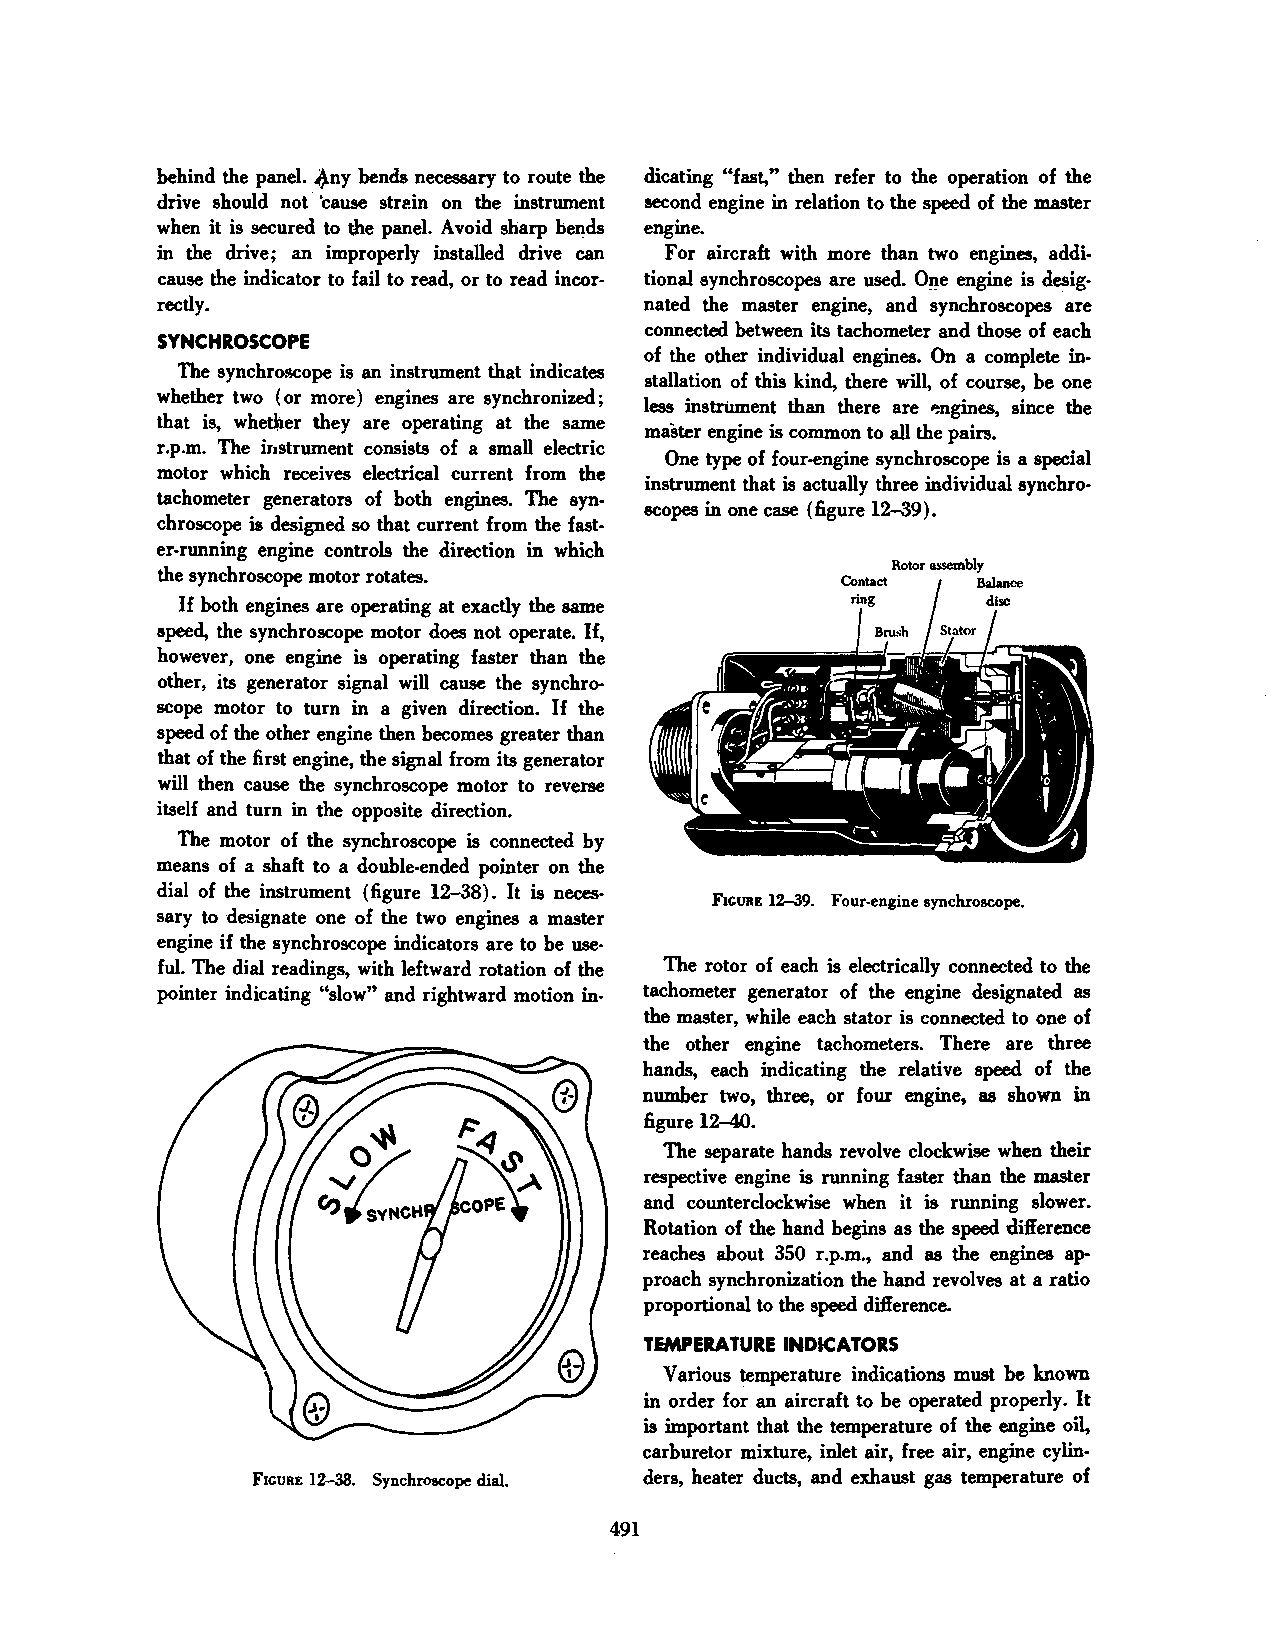
behind the panel. 4ny bends necessary to route the dicating "fast," then refer to the operation of the
 drive should not · 'cause strein on the instrument second engine in relation to the speed of the master
 when it is secured to the panel. A void sharp bends engine.
 in the drive; an improperly installed drive can For aircraft with more than two engines, addi
 cause the indicator to fail to read, or to read incor tional synchroscopes are used. O~e engine is desig
 rectly.                         nated the master engine, and synchroscopes are
 connected between its tachometer and those of each
 SYNCHROSCOPE
 of the other individual engines. On a complete in
 The synchro.<8Cope is an instrument that indicates
 stallation of this kind, there will, of course, be one
 whether two (or more) engines are synchronized;
 less instrtunent than there are P,ngines, since the
 that is, whether they are operating at the same
 master engine is common to all the pairs.
 r.p.m. The instrument consists of a small electric
 One type of four-engine synchroscope is a special
 motor which receives electrical current from the
 instrument that is actually three individual synchro
 tachometer generators of both engines. The syn
 scopes in one case (figure 12-39).
 chroscope is designed so that current from the fast
 er-running engine controls the direction in which
 Rotor assembly
 the synchroscope motor rotates.
 Contact  Balance
 If both engines are operating at exactly the same ring disc
 speed, the synchroscope motor does not operate. If,
 however, one engine is operating faster than the
 other, its generator signal will cause the synchro
 scope motor to turn in a given direction. If the
 speed of the other engine then becomes greater than
 that of the first engine, the signal from its generator
 will then cause the synchroscope motor to reverse
 itself and turn in the opposite direction.
 The motor of the synchroscope is connected by
 means of a shaft to a double-ended pointer on the
 dial of the instrument (figure 12-38). It is neces
 FIGURE 12-39. Four-engine synchroscope.
 sary to ·designate one of the two engines a master
 engine if the synchroscope indicators are to be use
 ful. The dial readings, with leftward rotation of the The rotor of each is electrically connected to the
 pointer indicating "slow" and rightward motion in- tachometer generator of the engine designated as
 the master, while each stator is connected to one of
 the other engine tachometers. There are three
 hands, each indicating the relative speed of the
 number two, three, or four engine, as shown in
 figure 12-40.
 The separate hands revolve clockwise when their
 respective engine is running faster than the master
 and counterclockwise when it is running slower.
 Rotation of the hand begins as the speed difference
 reaches about 350 r.p.m., and as the engines ap
 proach synchronization the hand revolves at a ratio
 proportional to the speed difference.
 TEMPERATURE INDICATORS
 Various temperature indications must be known
 in order for an aircraft to be operated properly. It
 is important that the temperature of the engine oil,
 carburetor mixture, inlet air, free air, engine cylin
 FIGURE 12-38. Synchroscope dial. ders, heater ducts, and exhaust gas temperature of
 491